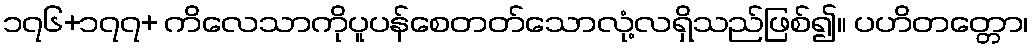
၁၇၆+၁၇၇+ ကိလေသာကိုပူပန်စေတတ်သောလုံ့လရှိသည်ဖြစ်၍။ ပဟိတတ္တော၊